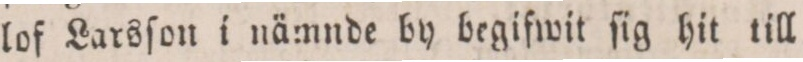
lof Larsſon i nämnde by begifwit ſig hit till